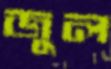
জুল